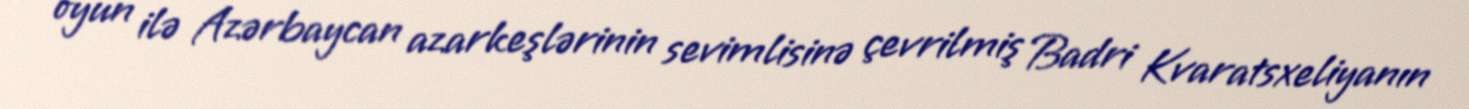
oyun ilə Azərbaycan azarkeşlərinin sevimlisinə çevrilmiş Badri Kvaratsxeliyanın